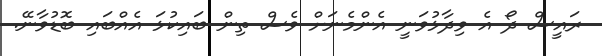
ރައީސް ދޯ އެ ވިދާޅުވަނީ އެންމެނަށް ވެސް ތިން ބައިކުޅަ އެއްބައި ބޮޑުވާނޭ.